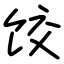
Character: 饺